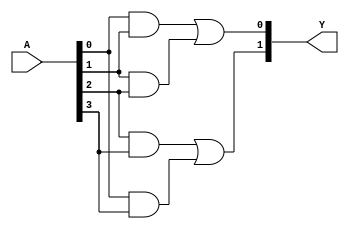
module jewel_pal (
    input wire [N-1:0] A,    // N input signals
    output wire [M-1:0] Y    // M output signals
);

// Parameters
parameter N = 4; // Number of inputs
parameter M = 2; // Number of outputs
parameter P = 4; // Number of programmable AND gates

// Programmable AND gates
wire [P-1:0] and_out; // Outputs from AND gates

// Example of programmable connections (this can be modified)
assign and_out[0] = A[0] & A[1]; // AND gate 0
assign and_out[1] = A[1] & A[2]; // AND gate 1
assign and_out[2] = A[2] & A[3]; // AND gate 2
assign and_out[3] = A[0] & A[3]; // AND gate 3

// Fixed OR gates
assign Y[0] = and_out[0] | and_out[1]; // OR gate 0
assign Y[1] = and_out[2] | and_out[3]; // OR gate 1

endmodule